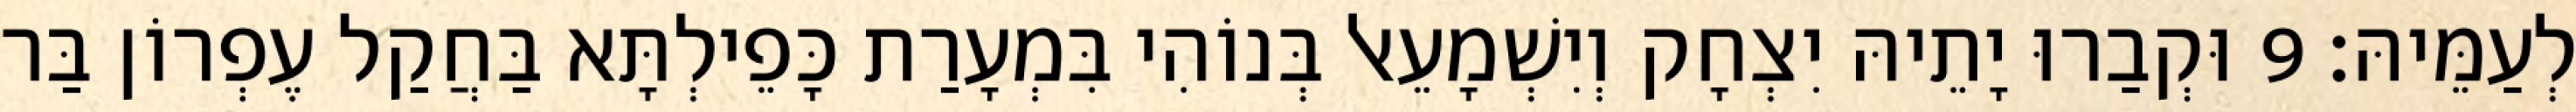
לְעַמֵּיהּ׃ 9 וּקְבַרוּ יָתֵיהּ יִצְחָק וְיִשְׁמָעֵאל בְּנוֹהִי בִּמְעָרַת כָּפֵילְתָּא בַּחֲקַל עֶפְרוֹן בַּר